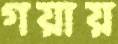
গয়ায়